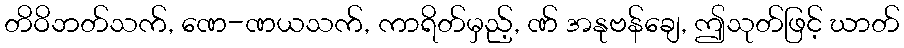
တိဝိဘတ်သက်, ဏေ-ဏယသက်, ကာရိတ်မှည့်, ဏ် အနုဗန်ချေ, ဤသုတ်ဖြင့် ဃာတ်